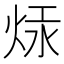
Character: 㶹